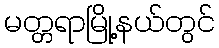
မတ္တရာမြို့နယ်တွင်